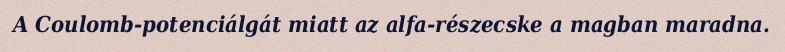
A Coulomb-potenciálgát miatt az alfa-részecske a magban maradna.